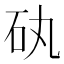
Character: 𥐠